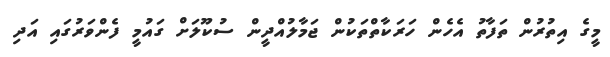
މީގެ އިތުރުން ތަފާތު އެހެން ހަރަކާތްތަކުން ޖަމާލުއްދީން ސުކޫލަށް ގައުމީ ފެންވަރުގައި އަދި